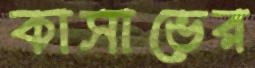
কাসাভের